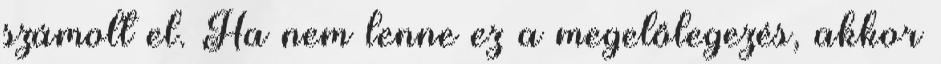
számolt el. Ha nem lenne ez a megelőlegezés, akkor